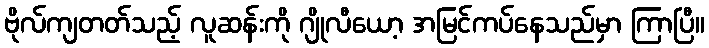
ဗိုလ်ကျတတ်သည့် လူဆန်းကို ဂျိုလီယော့ အမြင်ကပ်နေသည်မှာ ကြာပြီ။